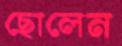
ছোলেন